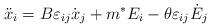
LaTeX: \begin{align*}\ddot{x}_{i}= B\varepsilon_{ij}\dot{x}_{j}+m^*E_{i}-\theta\varepsilon_{ij} \dot{E}_{j} \end{align*}